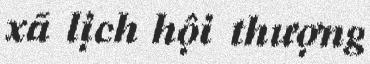
xã lịch hội thượng